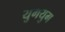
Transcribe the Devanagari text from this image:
युगयुग